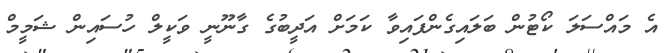
އެ މައްސަލަ ކޯޓުން ބަލައިގެންފައިވާ ކަމަށް އަދީބުގެ ގާނޫނީ ވަކީލް ހުސައިން ޝަމީމް